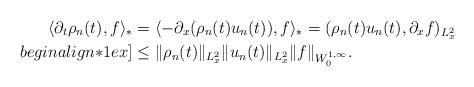
LaTeX: \begin{align*} \langle\partial_{t} \rho_{n}(t), f \rangle_{*} &= \langle - \partial_{x} (\rho_{n}(t) u_{n}(t)), f \rangle_{*} = (\rho_{n}(t) u_{n}(t), \partial_{x}f)_{L^{2}_{x}} \\begin{align*}1ex] &\le \|\rho_{n}(t)\|_{L^{2}_{x}} \|u_{n}(t)\|_{L^{2}_{x}} \|f\|_{W^{1, \infty}_{0}}.\end{align*}